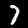
Label: 7